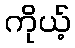
ကိုယ့်